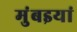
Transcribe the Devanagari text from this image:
मुंबइयां